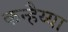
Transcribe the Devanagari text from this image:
कन्हैय्या